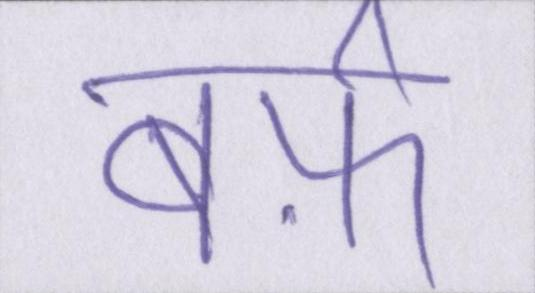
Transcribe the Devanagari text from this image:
बर्फ़